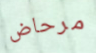
مرحاض